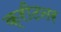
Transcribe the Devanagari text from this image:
क्रीटनर